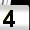
Digit: 4